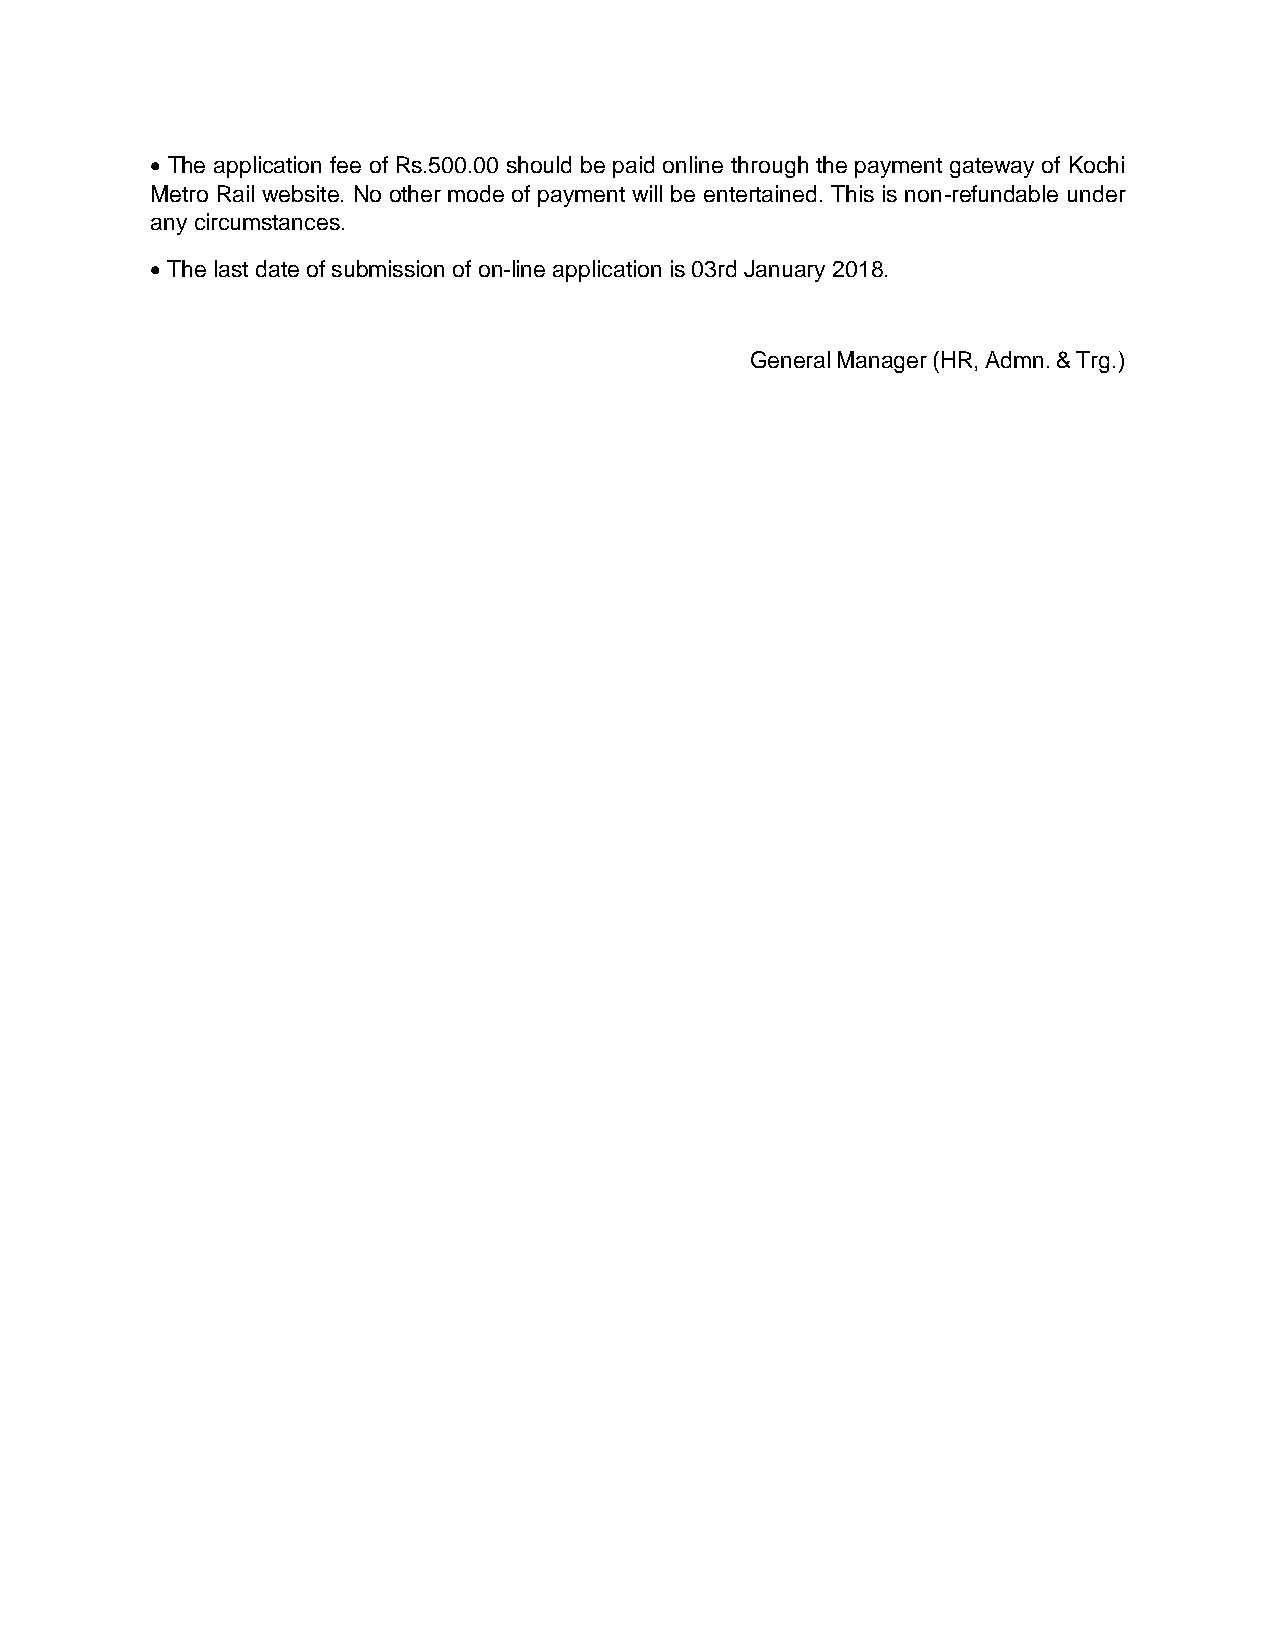
 The application fee of Rs.500.00 should be paid online through the payment gateway of Kochi
 Metro Rail website. No other mode of payment will be entertained. This is non-refundable under
 any circumstances.
  The last date of submission of on-line application is 03rd January 2018.
 General Manager (HR, Admn. & Trg.)